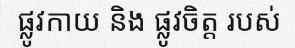
ផ្លូវកាយ និង ផ្លូវចិត្ត របស់